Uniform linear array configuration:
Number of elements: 48
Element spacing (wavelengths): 1
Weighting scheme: cosine
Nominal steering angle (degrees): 15
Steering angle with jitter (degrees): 14.12
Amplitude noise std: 0.05
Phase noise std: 0.05

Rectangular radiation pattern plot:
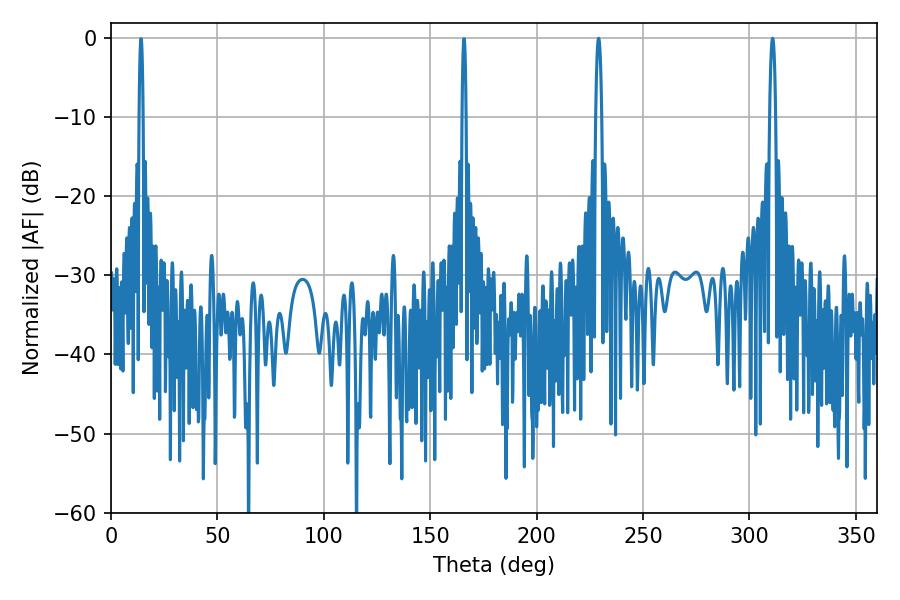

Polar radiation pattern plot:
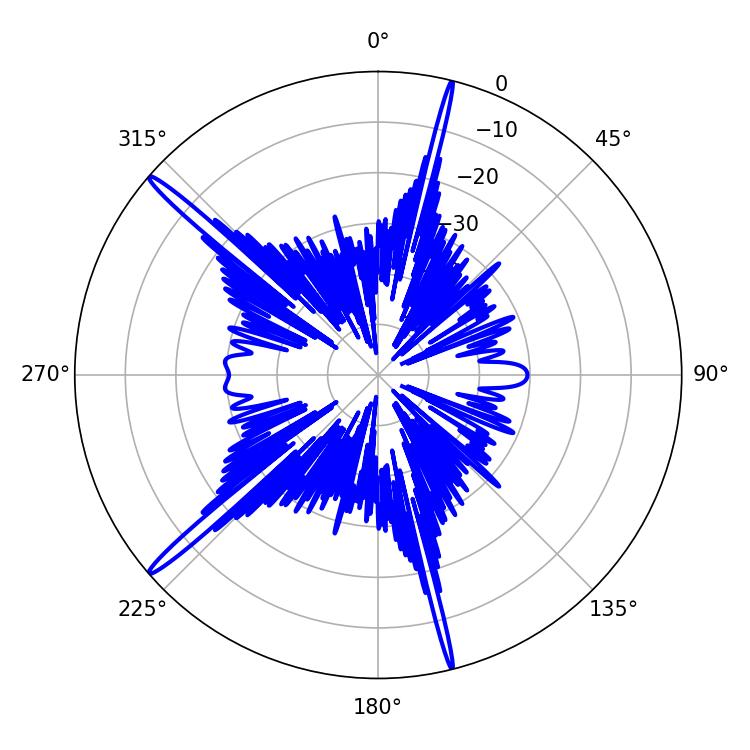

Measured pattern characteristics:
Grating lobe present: TRUE
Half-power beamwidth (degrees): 1.44
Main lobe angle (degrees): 229.14